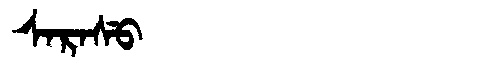
Manchu: ᠰᠠᡵᠠᠰᡠ
Romanization: SARASU